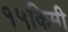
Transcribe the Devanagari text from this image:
१५किमी